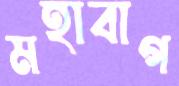
মহাবাগ